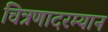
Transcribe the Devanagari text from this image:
चित्रणादरम्यान